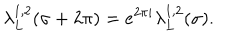
\lambda _ { L } ^ { 1 , 2 } ( \sigma + 2 \pi ) = e ^ { 2 \pi i } \lambda _ { L } ^ { 1 , 2 } ( \sigma ) .